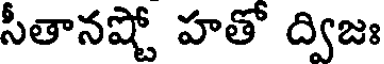
సీతానష్టో హతో ద్విజః